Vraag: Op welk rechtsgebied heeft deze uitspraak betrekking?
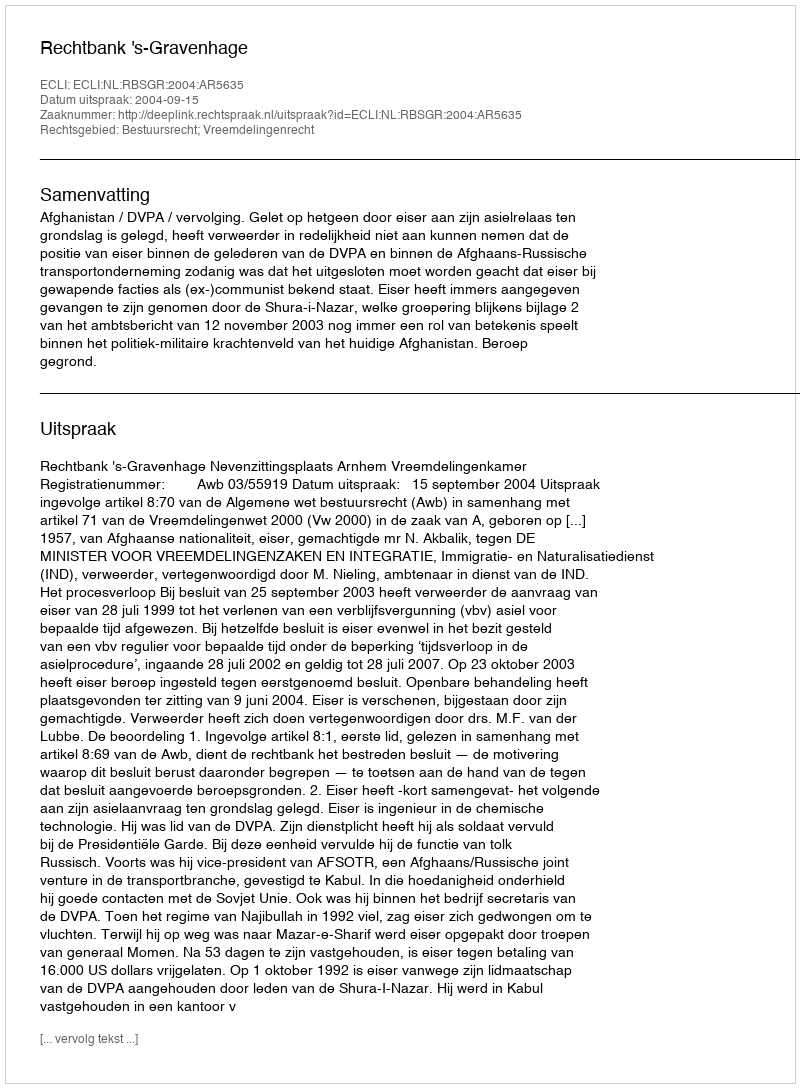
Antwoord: Bestuursrecht; Vreemdelingenrecht